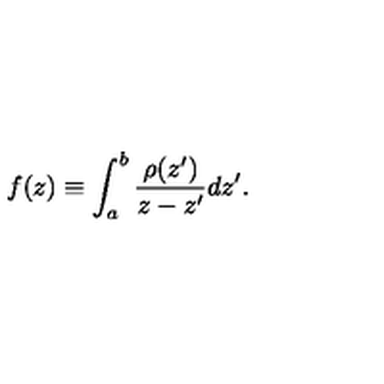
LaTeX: f ( z ) \equiv \int _ { a } ^ { b } { \frac { \rho ( z ^ { \prime } ) } { z - z ^ { \prime } } } d z ^ { \prime } .